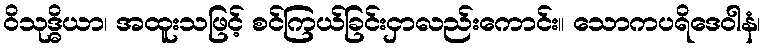
ဝိသုဒ္ဓိယာ၊ အထူးသဖြင့် စင်ကြယ်ခြင်းငှာလည်းကောင်း။ သောကပရိဒေဝါနံ၊